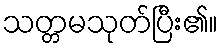
သတ္တမသုတ်ပြီး၏။